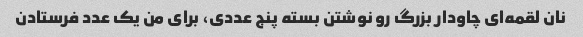
نان لقمه‌ای چاودار بزرگ رو نوشتن بسته پنج عددی، برای من یک عدد فرستادن